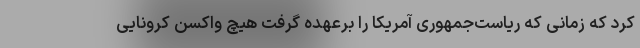
کرد که زمانی که ریاست‌جمهوری آمریکا را برعهده گرفت هیچ واکسن کرونایی